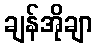
ချန်အိုချာ